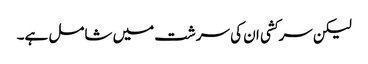
لیکن سرکشی ان کی سرشت میں شامل ہے۔